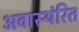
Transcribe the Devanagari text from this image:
अवास्थंरित